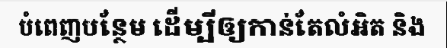
បំពេញបន្ថែម ដើម្បីឲ្យកាន់តែលំអិត និង